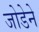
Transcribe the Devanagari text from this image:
जोडेने